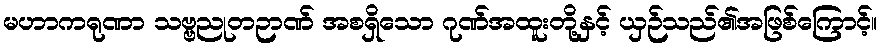
မဟာကရုဏာ သဗ္ဗညုတဉာဏ် အစရှိသော ဂုဏ်အထူးတို့နှင့် ယှဉ်သည်၏အဖြစ်ကြောင့်။